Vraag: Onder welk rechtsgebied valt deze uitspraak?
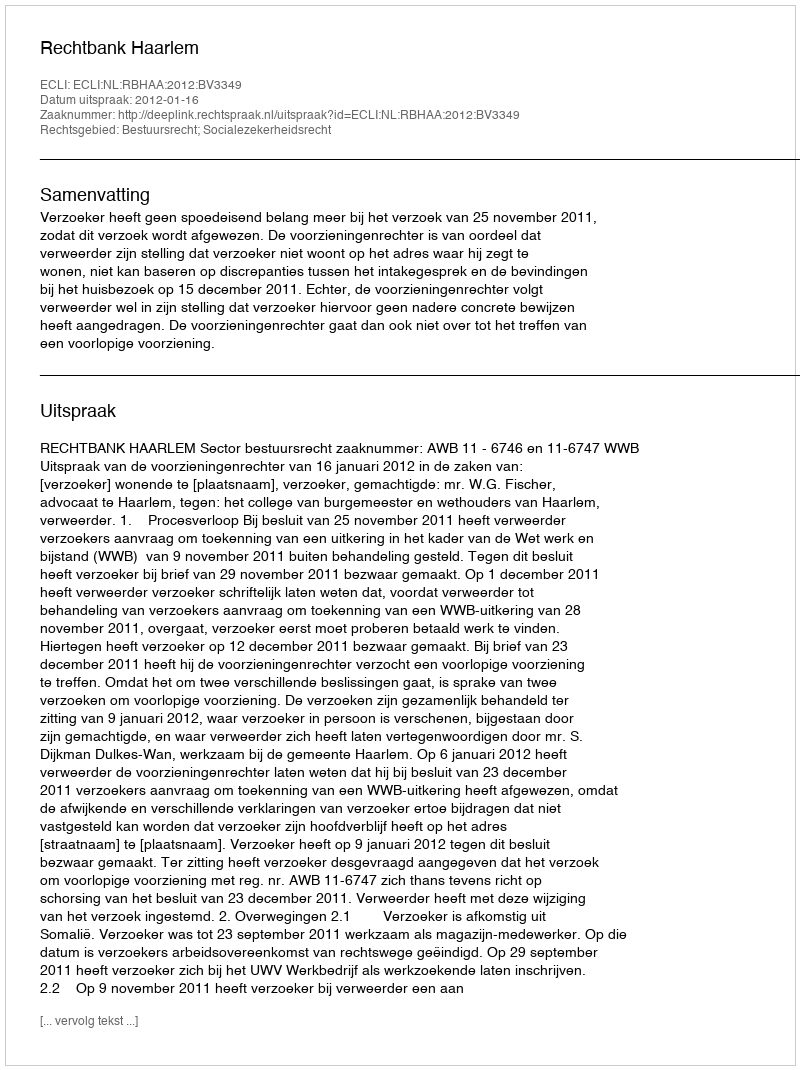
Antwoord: Bestuursrecht; Socialezekerheidsrecht